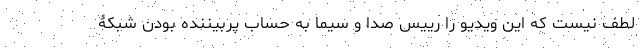
لطف نیست که این ویدیو را رییس صدا و سیما به حساب پربیننده بودن شبکۀ